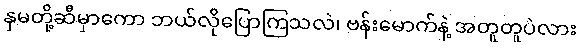
နှမတို့ဆီမှာကော ဘယ်လိုပြောကြသလဲ၊ ဗန်းမောက်နဲ့ အတူတူပဲလား